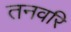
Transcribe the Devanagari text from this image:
तनवरि